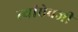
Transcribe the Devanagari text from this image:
त्यांऐवजी